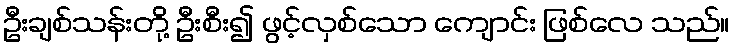
ဦးချစ်သန်းတို့ ဦးစီး၍ ဖွင့်လှစ်သော ကျောင်း ဖြစ်လေ သည်။